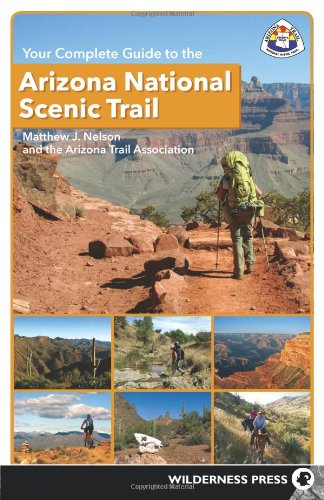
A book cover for Your Complete Guide to the Arizona National Scenic Trail; Matthew J. Nelson; Health, Fitness & Dieting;